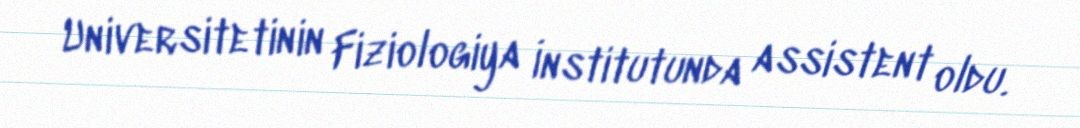
Universitetinin Fiziologiya İnstitutunda assistent oldu.